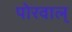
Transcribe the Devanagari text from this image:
पोरवाल्